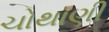
ચોથાણી